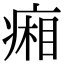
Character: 𤷼